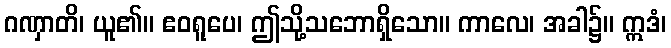
ဂဏှာတိ၊ ယူ၏။ ဧဝရူပေ၊ ဤသို့သဘောရှိသော။ ကာလေ၊ အခါ၌။ ဣဒံ၊